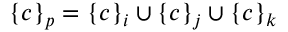
\{ c \} _ { p } = \{ c \} _ { i } \cup \{ c \} _ { j } \cup \{ c \} _ { k }